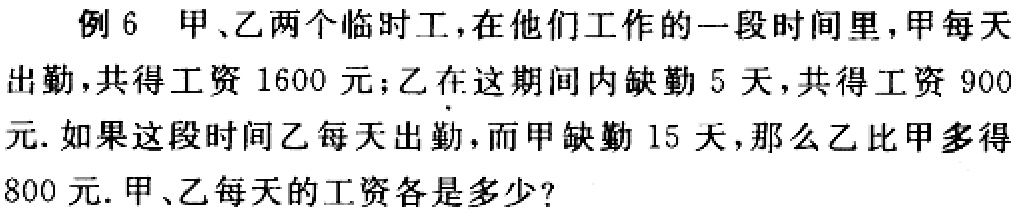
例6 甲、乙两个临时工，在他们工作的一段时间里，甲每天出勤，共得工资1600元；乙在这期间内缺勤5天，共得工资900元.如果这段时间乙每天出勤，而甲缺勤15天，那么乙比甲多得800元. 甲、乙每天的工资各是多少？